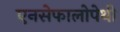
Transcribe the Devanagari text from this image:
एनसेफालोपेथी